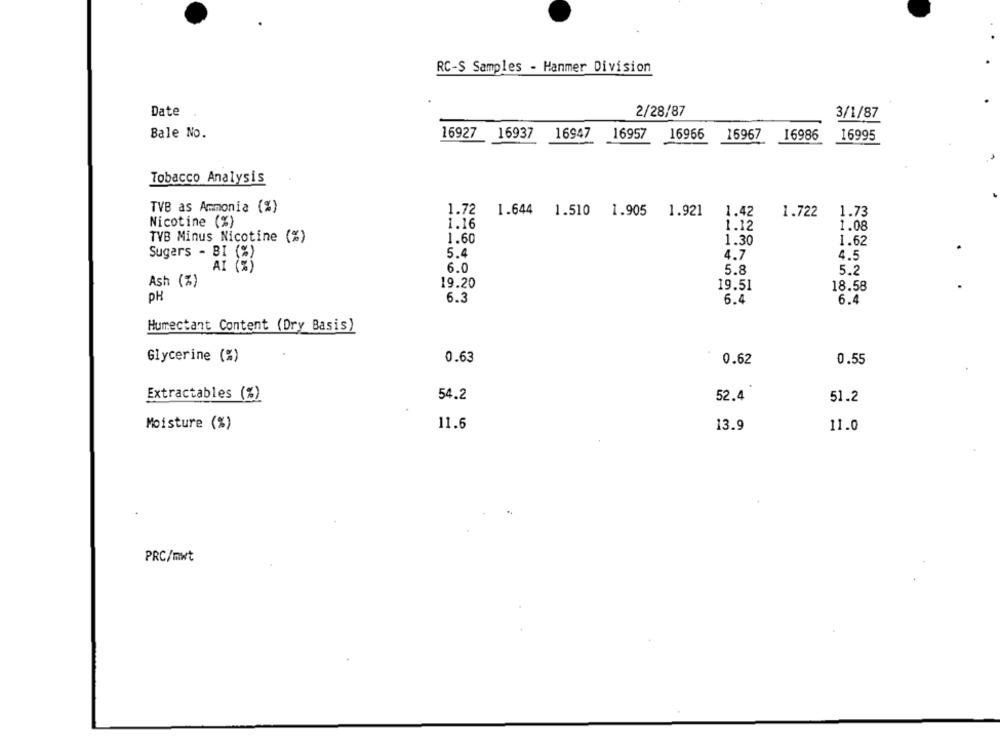
RC-S Samples - Hanmer Division
Date
2/28/87
3/1/87
Bale No.
16927
16937
16947
16957
16966
16967
16986
16995
Tobacco Analysis
TVB as Ammonia (%)
1.72
1.644 1.510
1.905
1.921
1.42
1.722
1.73
Nicotine (%)
1.16
1.08
1.12
TVB Minus Nicotine (%)
1.60
1.30
1.62
Sugars - BI (%)
5.4
4.7
4.5
AI (3)
6.0
5.8
5.2
Ash (%)
19.20
19.51
18.58
PH
6.3
6.4
6.4
Humectant Content (Dry Basis)
Glycerine (%)
0.63
0.62
0.55
Extractables (%)
54.2
52.4
51.2
Moisture (%)
11.6
13.9
11.0
PRC/mwt